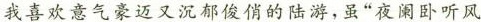
我喜欢意气豪迈又沉郁俊俏的陆游，虽”夜阑卧听风